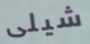
شيلى